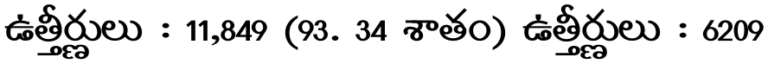
ఉత్తీర్ణులు : 11,849 (93. 34 శాతం) ఉత్తీర్ణులు : 6209